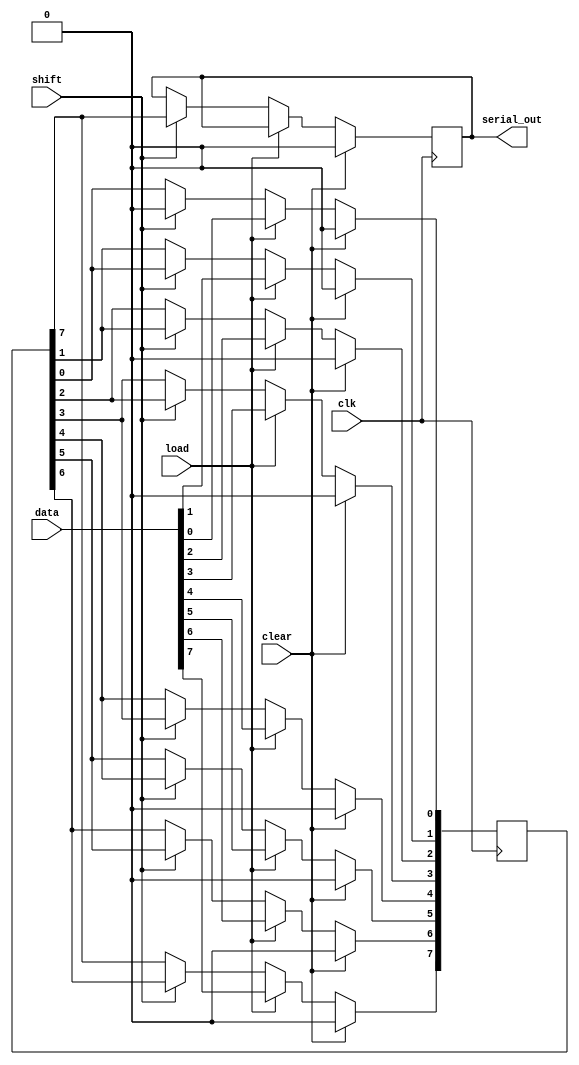
module Dynamic_PISO_Register #(
    parameter N = 8 // Number of bits in the register
) (
    input wire clk,          // Clock signal
    input wire load,         // Load control signal
    input wire shift,        // Shift control signal
    input wire clear,        // Clear control signal
    input wire [N-1:0] data, // Parallel input data
    output reg serial_out     // Serial output
);

    reg [N-1:0] input_reg; // Input register
    reg [N-1:0] shift_reg; // Shift register
    integer i;

    // Process block for loading, shifting, and clearing
    always @(posedge clk) begin
        if (clear) begin
            // Clear all registers
            input_reg <= 0;
            shift_reg <= 0;
            serial_out <= 0;
        end else if (load) begin
            // Load data into the input register
            input_reg <= data;
            shift_reg <= data; // Initialize shift register with input data
        end else if (shift) begin
            // Shift operation
            serial_out <= shift_reg[N-1]; // Output the MSB or LSB as needed
            for (i = N-1; i > 0; i = i - 1) begin
                shift_reg[i] <= shift_reg[i-1]; // Shift right
            end
            shift_reg[0] <= 0; // Optionally clear the least significant bit after shifting
        end
    end

endmodule